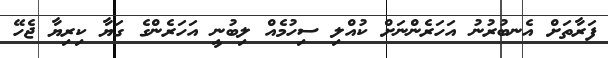
ފަރާތަށް އެނބުރުނު އަހަރެންނަށް ކުއްލި ސިހުމެއް ލިބުނީ އަހަރެންގެ ގަޔާ ކިރިޔާ ޖެހޭ